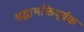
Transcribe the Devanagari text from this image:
श्रद्धाभक्तिपूर्वक